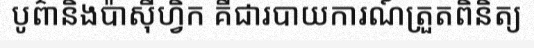
បូព៌ានិងប៉ាស៊ីហ្វិក គឺជារបាយការណ៍ត្រួតពិនិត្យ